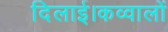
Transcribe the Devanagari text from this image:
दिलाई।कव्वालों